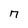
Character: n